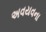
અવયવના